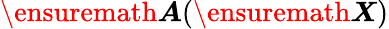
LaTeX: \ensuremath{\boldsymbol{A}}(\ensuremath{\boldsymbol{X}})